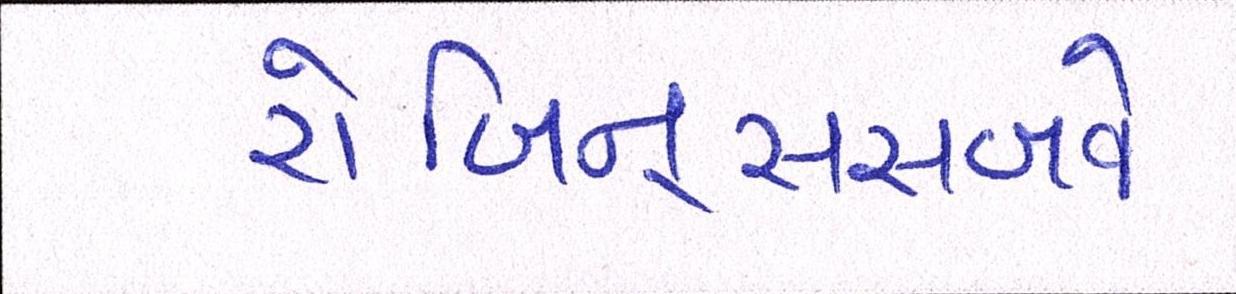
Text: રોબિન્સસબવે